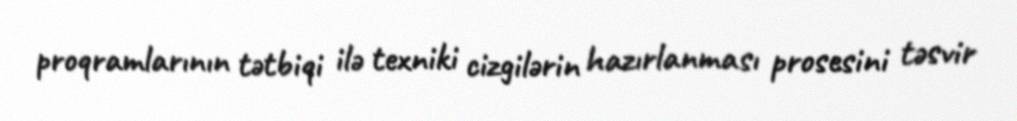
proqramlarının tətbiqi ilə texniki cizgilərin hazırlanması prosesini təsvir